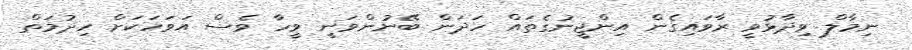
ނިމާލް ވިދާޅުވީ ރާވައިގެން އިންޖީނުގެތައް ހަދަން ބޭނުންވަނީ ވީހާ ވެސް އަވަހަކަށް ހިދުމަތް